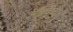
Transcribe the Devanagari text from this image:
आडवाटा